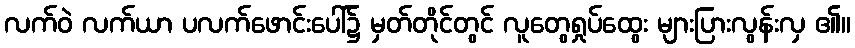
လက်ဝဲ လက်ယာ ပလက်ဖောင်းပေါ်၌ မှတ်တိုင်တွင် လူတွေရှုပ်ထွေး များပြားလွန်းလှ ၏။